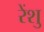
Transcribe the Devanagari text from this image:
रेंशु